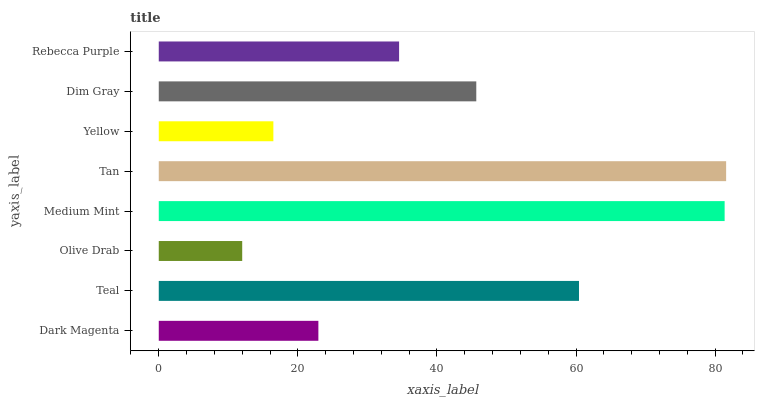
| yaxis_label | bars |
 | --- | --- |
 | Dark Magenta | 23 |
 | Teal | 60.4 |
 | Olive Drab | 12 |
 | Medium Mint | 81.4 |
 | Tan | 81.6 |
 | Yellow | 16.5 |
 | Dim Gray | 45.7 |
 | Rebecca Purple | 34.6 |